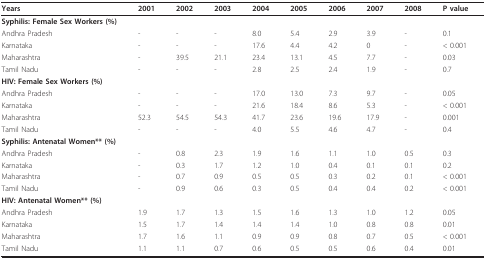
<table><thead><tr><td><b>Years</b></td><td><b>2001</b></td><td><b>2002</b></td><td><b>2003</b></td><td><b>2004</b></td><td><b>2005</b></td><td><b>2006</b></td><td><b>2007</b></td><td><b>2008</b></td><td><b>P value</b></td></tr></thead><tbody><tr><td><b>Syphilis: Female Sex Workers (%)</b></td><td></td><td></td><td></td><td></td><td></td><td></td><td></td><td></td><td></td></tr><tr><td>Andhra Pradesh</td><td>-</td><td>-</td><td>-</td><td>8.0</td><td>5.4</td><td>2.9</td><td>3.9</td><td>-</td><td>0.1</td></tr><tr><td>Karnataka</td><td>-</td><td>-</td><td>-</td><td>17.6</td><td>4.4</td><td>4.2</td><td>0</td><td>-</td><td>&lt; 0.001</td></tr><tr><td>Maharashtra</td><td>-</td><td>39.5</td><td>21.1</td><td>23.4</td><td>13.1</td><td>4.5</td><td>7.7</td><td>-</td><td>0.03</td></tr><tr><td>Tamil Nadu</td><td>-</td><td>-</td><td>-</td><td>2.8</td><td>2.5</td><td>2.4</td><td>1.9</td><td>-</td><td>0.7</td></tr><tr><td><b>HIV: Female Sex Workers (%)</b></td><td></td><td></td><td></td><td></td><td></td><td></td><td></td><td></td><td></td></tr><tr><td>Andhra Pradesh</td><td>-</td><td>-</td><td>-</td><td>17.0</td><td>13.0</td><td>7.3</td><td>9.7</td><td>-</td><td>0.05</td></tr><tr><td>Karnataka</td><td>-</td><td>-</td><td>-</td><td>21.6</td><td>18.4</td><td>8.6</td><td>5.3</td><td>-</td><td>&lt; 0.001</td></tr><tr><td>Maharashtra</td><td>52.3</td><td>54.5</td><td>54.3</td><td>41.7</td><td>23.6</td><td>19.6</td><td>17.9</td><td>-</td><td>0.001</td></tr><tr><td>Tamil Nadu</td><td>-</td><td>-</td><td>-</td><td>4.0</td><td>5.5</td><td>4.6</td><td>4.7</td><td>-</td><td>0.4</td></tr><tr><td><b>Syphilis: Antenatal Women** (%)</b></td><td></td><td></td><td></td><td></td><td></td><td></td><td></td><td></td><td></td></tr><tr><td>Andhra Pradesh</td><td>-</td><td>0.8</td><td>2.3</td><td>1.9</td><td>1.6</td><td>1.1</td><td>1.0</td><td>0.5</td><td>0.3</td></tr><tr><td>Karnataka</td><td>-</td><td>0.3</td><td>1.7</td><td>1.2</td><td>1.0</td><td>0.4</td><td>0.1</td><td>0.1</td><td>0.2</td></tr><tr><td>Maharashtra</td><td>-</td><td>0.7</td><td>0.9</td><td>0.5</td><td>0.5</td><td>0.3</td><td>0.2</td><td>0.1</td><td>&lt; 0.001</td></tr><tr><td>Tamil Nadu</td><td>-</td><td>0.9</td><td>0.6</td><td>0.3</td><td>0.5</td><td>0.4</td><td>0.4</td><td>0.2</td><td>&lt; 0.001</td></tr><tr><td><b>HIV: Antenatal Women** (%)</b></td><td></td><td></td><td></td><td></td><td></td><td></td><td></td><td></td><td></td></tr><tr><td>Andhra Pradesh</td><td>1.9</td><td>1.7</td><td>1.3</td><td>1.5</td><td>1.6</td><td>1.3</td><td>1.0</td><td>1.2</td><td>0.05</td></tr><tr><td>Karnataka</td><td>1.5</td><td>1.7</td><td>1.4</td><td>1.4</td><td>1.4</td><td>1.0</td><td>0.8</td><td>0.8</td><td>0.01</td></tr><tr><td>Maharashtra</td><td>1.7</td><td>1.6</td><td>1.1</td><td>0.9</td><td>0.9</td><td>0.8</td><td>0.7</td><td>0.5</td><td>&lt; 0.001</td></tr><tr><td>Tamil Nadu</td><td>1.1</td><td>1.1</td><td>0.7</td><td>0.6</td><td>0.5</td><td>0.5</td><td>0.6</td><td>0.4</td><td>0.01</td></tr></tbody></table>